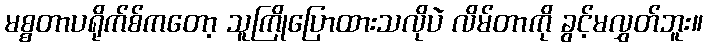
မစ္စတာပရိုက်စ်ကတော့ သူကြိုပြောထားသလိုပဲ လိမ်တာကို ခွင့်မလွှတ်ဘူး။